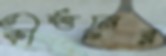
কীর্ত্তনের